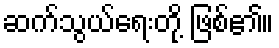
ဆက်သွယ်ရေးတို့ ဖြစ်၏။